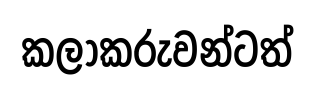
කලාකරුවන්ටත්